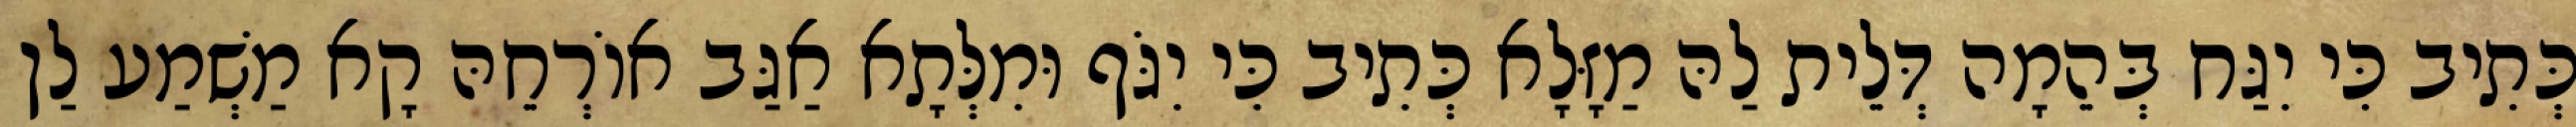
כְּתִיב כִּי יִגַּח בְּהֵמָה דְּלֵית לַהּ מַזָּלָא כְּתִיב כִּי יִגֹּף וּמִלְּתָא אַגַּב אוֹרְחֵהּ קָא מַשְׁמַע לַן